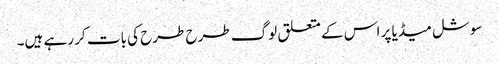
سوشل میڈیا پر اس کے متعلق لوگ طرح طرح کی بات کر رہے ہیں۔